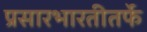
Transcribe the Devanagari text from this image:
प्रसारभारतीतर्फे